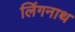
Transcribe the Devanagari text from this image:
लिंगनाथ